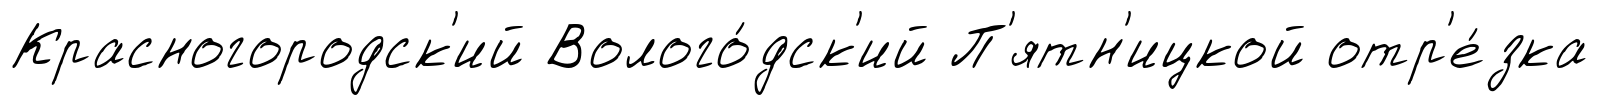
Красногородск'ий Волого́дск'ий П'ятн'ицкой отр'е́зка